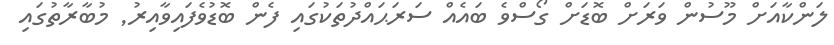
ލަންކާއަށް މޫސުން ވަރަށް ބޮޑަށް ގޯސްވެ ބައެއް ސަރަޙައްދުތަކުގައި ފެން ބޮޑުވެފައިވާއިރު